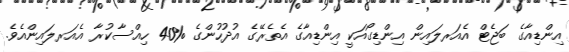
އިންޑިއާގެ ބަޖެޓް އެއަރލައިން އިންޑިގޯއަކީ އިންޑިއާގެ އެތެރޭގެ އުދުހުންގެ %40 ހިއްސާކުރާ އެއަރލައިންއެވެ.